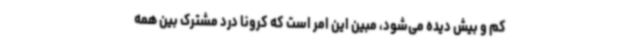
کم و بیش دیده می‌شود، مبین این امر است که کرونا درد مشترک بین همه